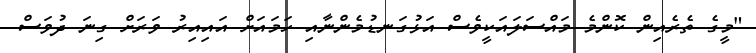
"މީގެ ތެރެއިން ކޮންމެ މައްސަލައަކީވެސް އަޅުގަނޑުމެންނާއި ހަމައަށް އައިއިރު ވަރަށް ގިނަ ދުވަސް